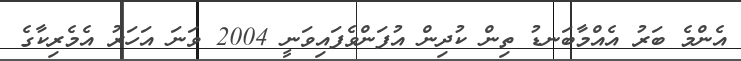
އެންމެ ބަރު އެއްމާބަނޑު ތިން ކުދިން އުފަންވެފައިވަނީ 2004 ވަނަ އަހަރު އެމެރިކާގެ